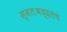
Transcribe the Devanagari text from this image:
स्वतःबद्दलचे